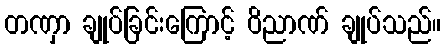
တဏှာ ချုပ်ခြင်းကြောင့် ဝိညာဏ် ချုပ်သည်။